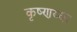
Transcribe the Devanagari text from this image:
कृष्णय्या